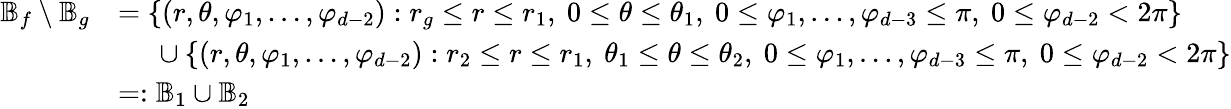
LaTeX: \begin{array}{rl}{\mathbb{B}_{f}\setminus\mathbb{B}_{g}}&{=\left\{ (r,\theta,\varphi_{1},\dots,\varphi_{d-2}):r_{g}\le r\le r_{1},\ 0\le\theta\le\theta_{1},\ 0\le\varphi_{1},\dots,\varphi_{d-3}\le\pi,\ 0\le\varphi_{d-2}<2\pi\right\} }\\ &{\ \quad\cup\left\{ (r,\theta,\varphi_{1},\dots,\varphi_{d-2}):r_{2}\le r\le r_{1},\ \theta_{1}\le\theta\le\theta_{2},\ 0\le\varphi_{1},\dots,\varphi_{d-3}\le\pi,\ 0\le\varphi_{d-2}<2\pi\right\} }\\ &{=:\mathbb{B}_{1}\cup\mathbb{B}_{2}}\end{array}